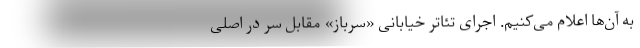
به آن‌ها اعلام می‌کنیم. اجرای تئاتر خیابانی «سرباز» مقابل سر در اصلی